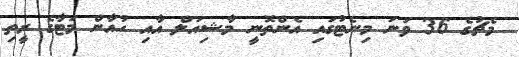
މެޗުގެ 36 ވަނަ މިނެޓުގައި އެންތޮނީ މާޝިއަލް އާއި ހުއާން މަޓާގެ ރީތި